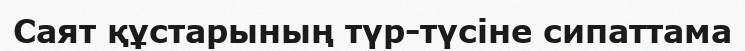
Саят құстарының түр-түсіне сипаттама